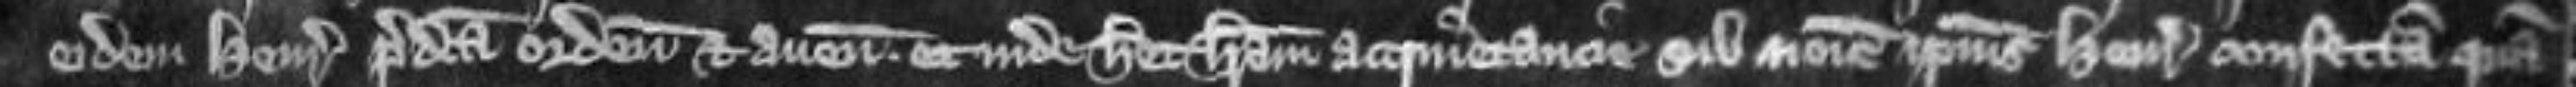
eidem Henrico predicta ordeum et avenam et inde habet litteram acquietancie sub nomine ipsius Henrici confectam quam